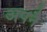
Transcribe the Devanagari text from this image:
अपनै